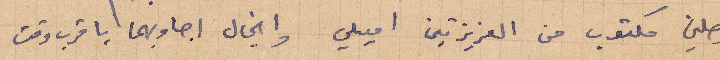
وصلني مكتوب من العزيزتي اميلي وانجال اجاوبهما باقرب وقت